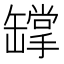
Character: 罉